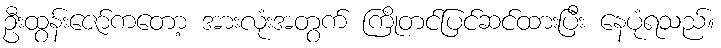
ဦးထွန်းဇော်ကတော့ အားလုံးအတွက် ကြိုတင်ပြင်ဆင်ထားပြီး နေပုံရသည်။